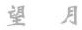
望月